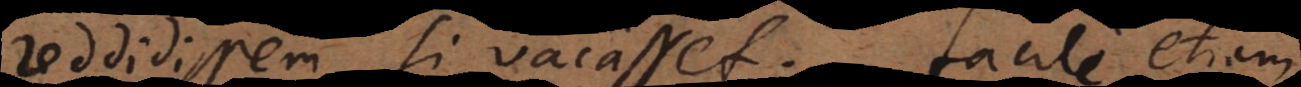
reddidissem si vacasset. Facile etiam